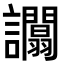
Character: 𧮑